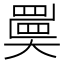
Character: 𡚇